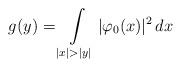
LaTeX: \begin{align*} g(y)=\int\limits_{|x|>|y|}|\varphi_0(x)|^2\,dx\end{align*}